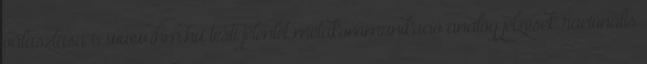
választása 6 www.ihm.hu testi jelenlét metakommunikáció analóg jelzések racionális